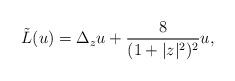
LaTeX: \begin{align*}\tilde{L}(u)=\Delta_{z} u +\frac{8}{(1+|z|^2)^2}u,\end{align*}